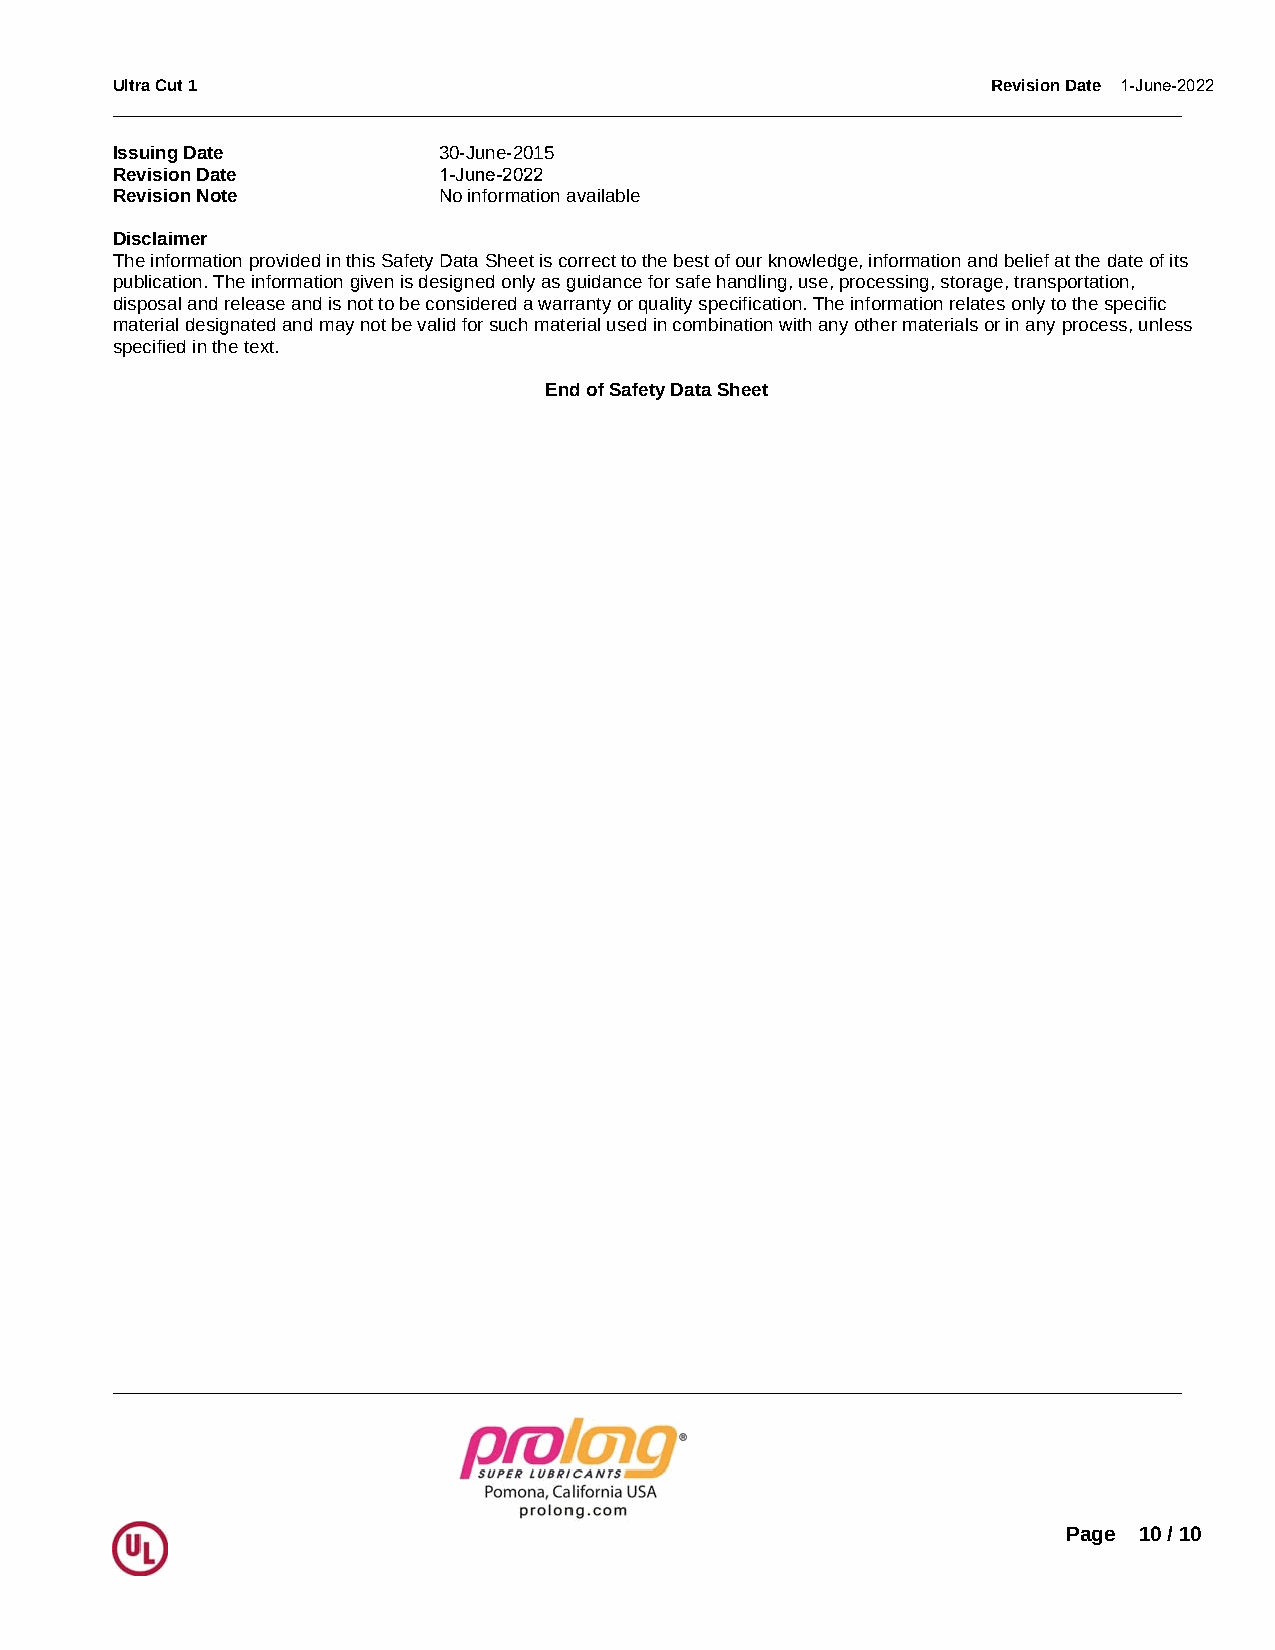
Ultra Cut 1                                                Revision Date 1-June-2022
 _____________________________________________________________________________________________
 Issuing Date          30-June-2015
 Revision Date         1-June-2022
 Revision Note         No information available
 Disclaimer
 The information provided in this Safety Data Sheet is correct to the best of our knowledge, information and belief at the date of its
 publication. The information given is designed only as guidance for safe handling, use, processing, storage, transportation,
 disposal and release and is not to be considered a warranty or quality specification. The information relates only to the specific
 material designated and may not be valid for such material used in combination with any other materials or in any process, unless
 specified in the text.
 End of Safety Data Sheet
 _____________________________________________________________________________________________
 Page 10 / 10